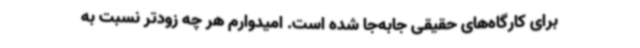
برای کارگاه‌های حقیقی جابه‌جا شده است. امیدوارم هر چه زودتر نسبت به